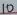
Text: 10